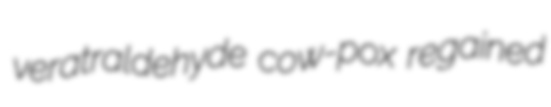
veratraldehyde cow-pox regained